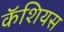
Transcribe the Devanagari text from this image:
कॅशियस